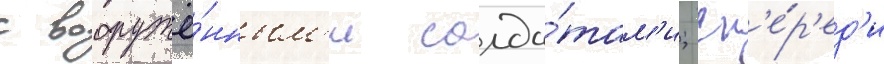
с вооружё́нным'и солда́там'и; сп'е́р'ед'и